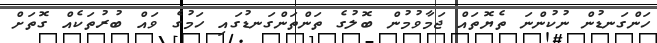
ހަންގަނޑުން ނުކުންނަ ތެޔޮތައް ޖަމާވުމުން ބޮލުގެ ތަންތަންގަނޑުގައި ހަމުގެ ވައް ބުރުތަކެއް ގޮތަށް